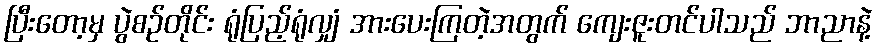
ပြီးတော့မှ ပွဲစဉ်တိုင်း ရုံပြည့်ရုံလျှံ အားပေးကြတဲ့အတွက် ကျေးဇူးတင်ပါသည် ဘာညာနဲ့